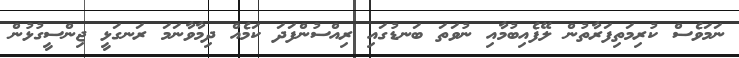
ނަމަވެސް ކުރިމަތިފަރާތުން ލޭފެއިބުމާއި ނުވަތަ ބަނޑުގައި ރިއްސުންފަދަ ކަމެއް ދިމާވާނަމަ ރަނގަޅީ ޖިންސީގުޅުން